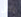
نحن